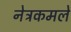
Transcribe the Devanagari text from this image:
नेत्रकमले